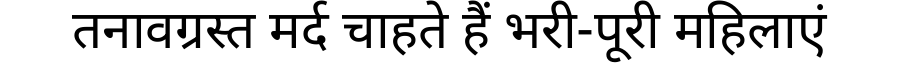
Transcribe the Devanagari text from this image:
तनावग्रस्त मर्द चाहते हैं भरी-पूरी महिलाएं